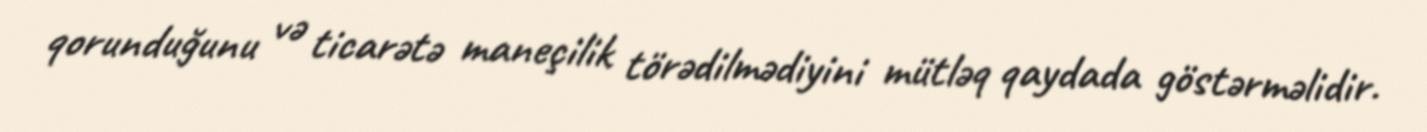
qorunduğunu və ticarətə maneçilik törədilmədiyini mütləq qaydada göstərməlidir.